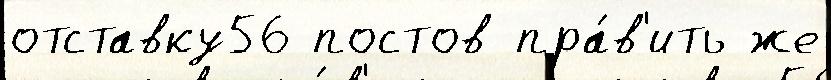
отставку56 постов пра́в'ить же